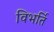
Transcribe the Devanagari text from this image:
विभर्ति